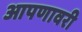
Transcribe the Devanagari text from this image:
आपणावरी